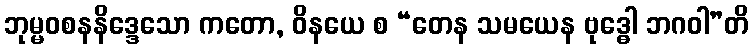
ဘုမ္မဝစနနိဒ္ဒေသော ကတော, ဝိနယေ စ “တေန သမယေန ဗုဒ္ဓေါ ဘဂဝါ”တိ